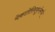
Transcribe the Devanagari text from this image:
येकातेरिनबुर्गमध्ये